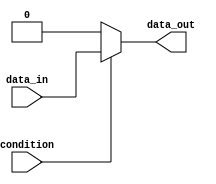
module if_else_example (
    input wire condition,
    input wire data_in,
    output reg data_out
);

always @(*) begin
    if (condition) begin
        // action to be taken if the condition is true
        data_out = data_in;
    end else begin
        // action to be taken if the condition is false
        data_out = 0;
    end
end

endmodule